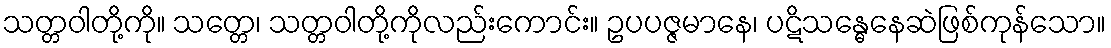
သတ္တဝါတို့ကို။ သတ္တေ၊ သတ္တဝါတို့ကိုလည်းကောင်း။ ဥပပဇ္ဇမာနေ၊ ပဋိသန္ဓေနေဆဲဖြစ်ကုန်သော။